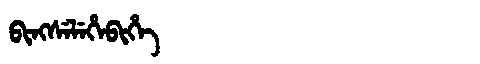
Manchu: ᠪᡳᠩᠰᡝᠯᡝᡥᡝᠪᡳᡥᡝ
Romanization: BINGSELEHEBIHE